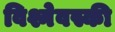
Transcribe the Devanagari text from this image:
विश्नेवस्की